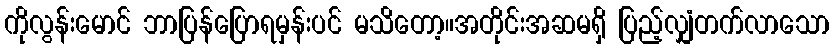
ကိုလွန်းမောင် ဘာပြန်ပြောရမှန်းပင် မသိတော့။အတိုင်းအဆမရှိ ပြည့်လျှံတက်လာသော